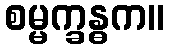
စမ္မက္ခန္ဓက။